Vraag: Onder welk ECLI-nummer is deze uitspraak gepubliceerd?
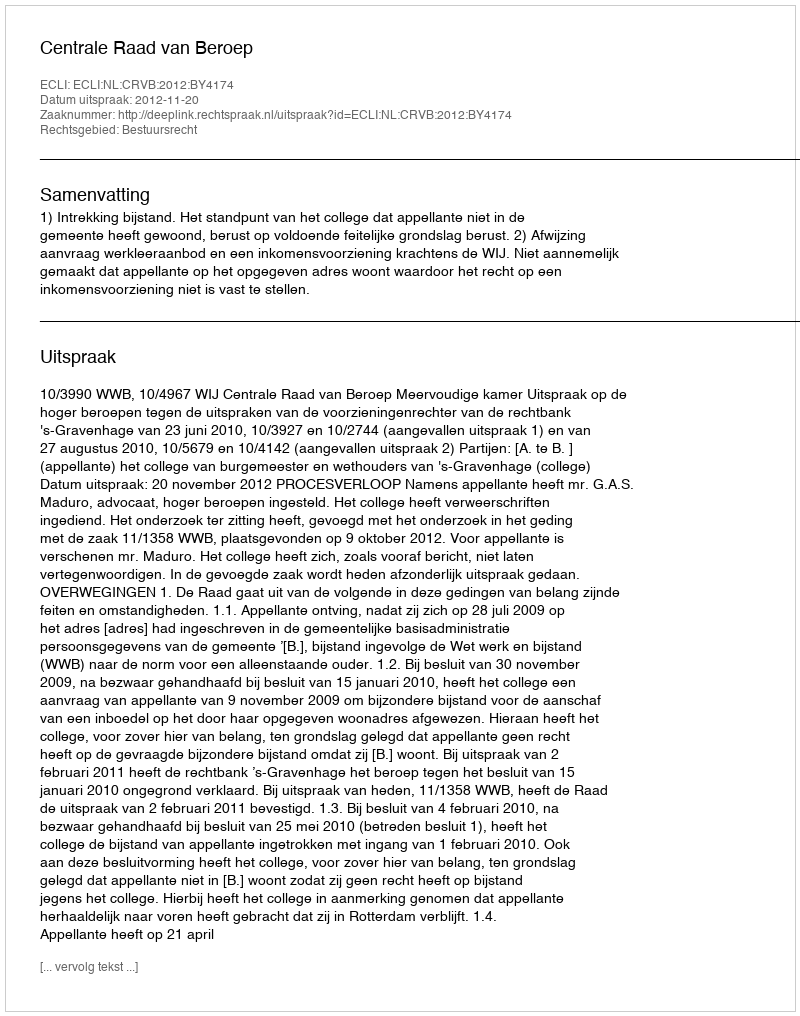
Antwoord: ECLI:NL:CRVB:2012:BY4174